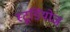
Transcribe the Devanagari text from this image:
स्‍टूडियोज